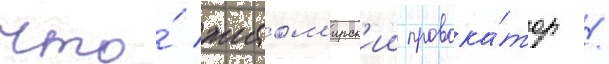
что́ житом'ирск'ии провока́тор /